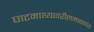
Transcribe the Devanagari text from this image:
घाटमाथ्यावरीलमावळांत